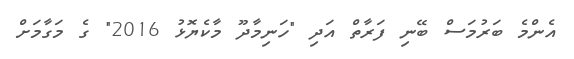
އެންމެ ބަރުމަސް ބޭނި ފަރާތް އަދި "ހަނިމާދޫ މާކެޔޮޅު 2016" ގެ މަގާމަށް